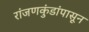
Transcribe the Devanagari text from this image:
रांजणकुंडांपासून